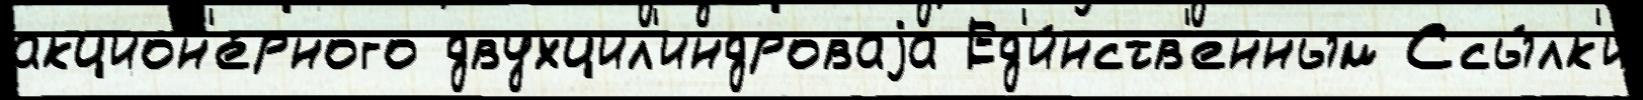
акцион'е́рного двухцил'индроваjа Ед'и́нств'енным Ссы́лк'и